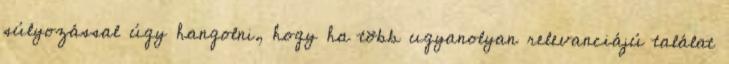
súlyozással úgy hangolni, hogy ha több ugyanolyan relevanciájú találat